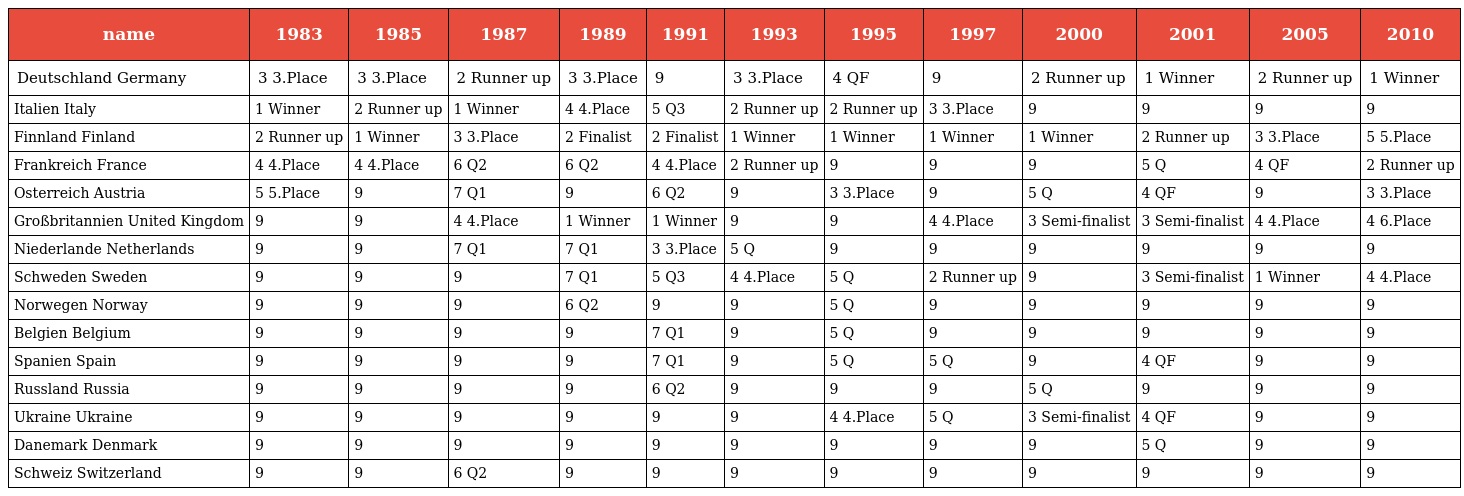
| name | 1983 | 1985 | 1987 | 1989 | 1991 | 1993 | 1995 | 1997 | 2000 | 2001 | 2005 | 2010 |
 | --- | --- | --- | --- | --- | --- | --- | --- | --- | --- | --- | --- | --- |
 | Deutschland Germany | 3 3.Place | 3 3.Place | 2 Runner up | 3 3.Place | 9 | 3 3.Place | 4 QF | 9 | 2 Runner up | 1 Winner | 2 Runner up | 1 Winner |
 | Italien Italy | 1 Winner | 2 Runner up | 1 Winner | 4 4.Place | 5 Q3 | 2 Runner up | 2 Runner up | 3 3.Place | 9 | 9 | 9 | 9 |
 | Finnland Finland | 2 Runner up | 1 Winner | 3 3.Place | 2 Finalist | 2 Finalist | 1 Winner | 1 Winner | 1 Winner | 1 Winner | 2 Runner up | 3 3.Place | 5 5.Place |
 | Frankreich France | 4 4.Place | 4 4.Place | 6 Q2 | 6 Q2 | 4 4.Place | 2 Runner up | 9 | 9 | 9 | 5 Q | 4 QF | 2 Runner up |
 | Osterreich Austria | 5 5.Place | 9 | 7 Q1 | 9 | 6 Q2 | 9 | 3 3.Place | 9 | 5 Q | 4 QF | 9 | 3 3.Place |
 | Großbritannien United Kingdom | 9 | 9 | 4 4.Place | 1 Winner | 1 Winner | 9 | 9 | 4 4.Place | 3 Semi-finalist | 3 Semi-finalist | 4 4.Place | 4 6.Place |
 | Niederlande Netherlands | 9 | 9 | 7 Q1 | 7 Q1 | 3 3.Place | 5 Q | 9 | 9 | 9 | 9 | 9 | 9 |
 | Schweden Sweden | 9 | 9 | 9 | 7 Q1 | 5 Q3 | 4 4.Place | 5 Q | 2 Runner up | 9 | 3 Semi-finalist | 1 Winner | 4 4.Place |
 | Norwegen Norway | 9 | 9 | 9 | 6 Q2 | 9 | 9 | 5 Q | 9 | 9 | 9 | 9 | 9 |
 | Belgien Belgium | 9 | 9 | 9 | 9 | 7 Q1 | 9 | 5 Q | 9 | 9 | 9 | 9 | 9 |
 | Spanien Spain | 9 | 9 | 9 | 9 | 7 Q1 | 9 | 5 Q | 5 Q | 9 | 4 QF | 9 | 9 |
 | Russland Russia | 9 | 9 | 9 | 9 | 6 Q2 | 9 | 9 | 9 | 5 Q | 9 | 9 | 9 |
 | Ukraine Ukraine | 9 | 9 | 9 | 9 | 9 | 9 | 4 4.Place | 5 Q | 3 Semi-finalist | 4 QF | 9 | 9 |
 | Danemark Denmark | 9 | 9 | 9 | 9 | 9 | 9 | 9 | 9 | 9 | 5 Q | 9 | 9 |
 | Schweiz Switzerland | 9 | 9 | 6 Q2 | 9 | 9 | 9 | 9 | 9 | 9 | 9 | 9 | 9 |